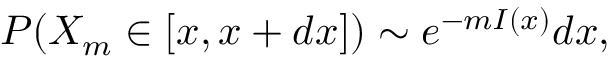
P ( X _ { m } \in [ x , x + d x ] ) \sim e ^ { - m I ( x ) } d x ,